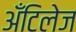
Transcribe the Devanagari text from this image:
अँटिलेज